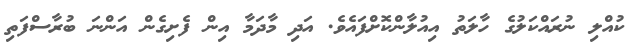
ކުއްލި ނުރައްކަލުގެ ހާލަތު އިއުލާންކޮށްފައެވެ. އަދި މާދަމާ އިން ފެށިގެން އަންނަ ބުރާސްފަތި